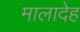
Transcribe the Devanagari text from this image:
मालादेह